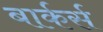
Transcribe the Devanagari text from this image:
बार्कर्स